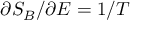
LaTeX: \partial S _ { B } / \partial E = 1 / T